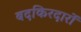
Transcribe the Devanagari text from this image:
बदकिरदारों